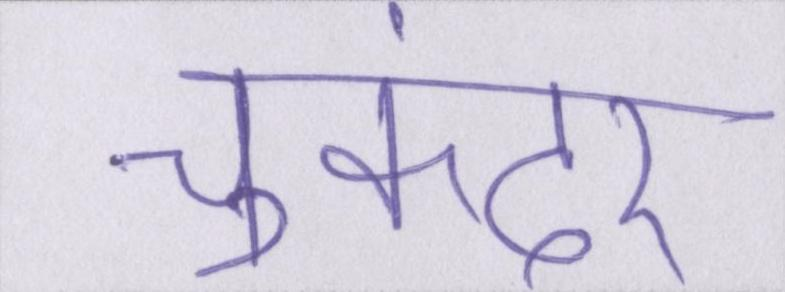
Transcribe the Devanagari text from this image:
चुकंदर